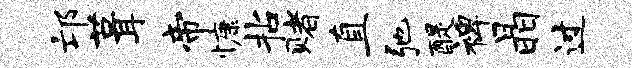
邙葺帝慷拈赌直弛醍裨晶过